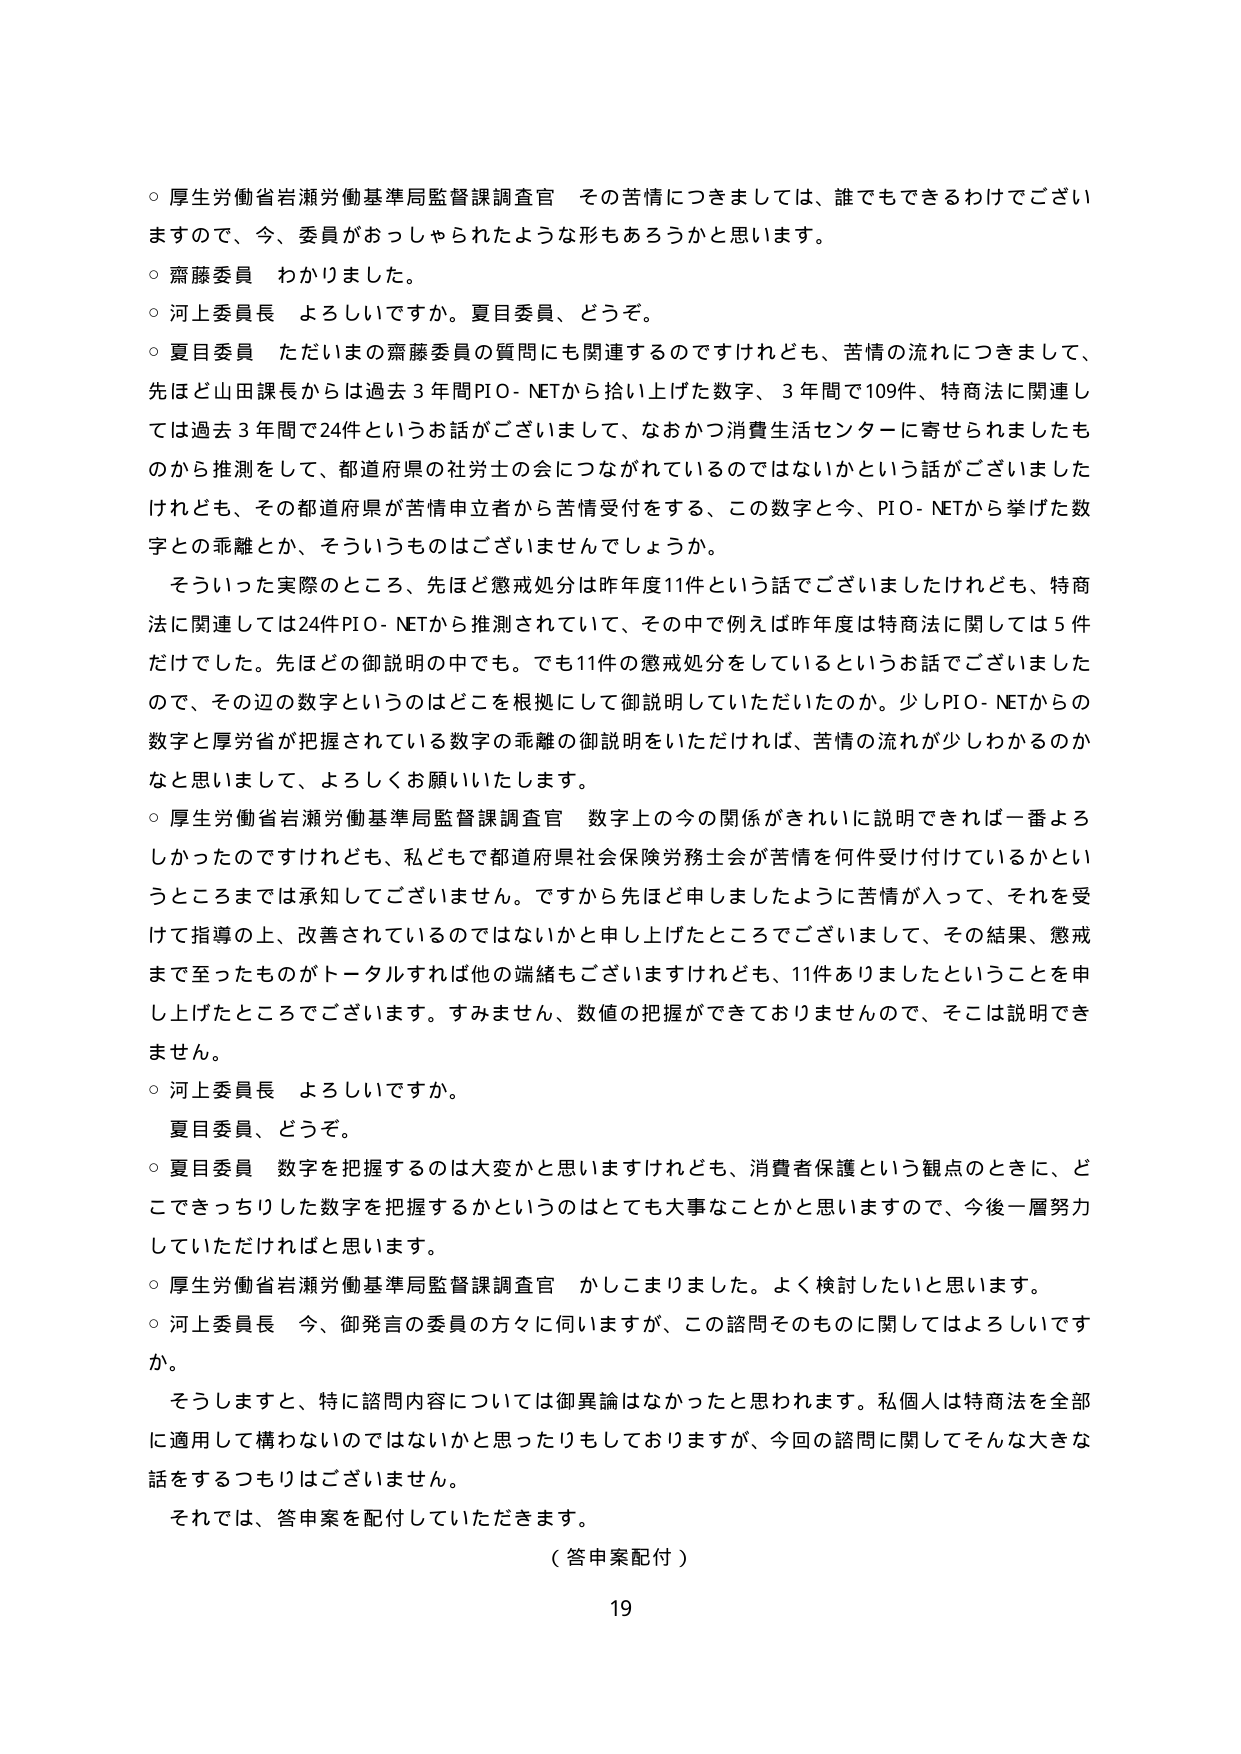
○ 厚生労働省岩瀬労働基準局監督課調査官 その苦情につきましては、誰でもできるわけでございますので、今、委員がおっしゃられたような形もあるろうかと思います。

○ 齋藤委員 わかりました。

○ 河上委員長 よろしいですか。夏目委員、どうぞ。

○ 夏目委員 ただいまの齋藤委員の質問にも関連するのですけれども、苦情の流れにつきまして、先ほど山田課長からは過去３年間PIO-NETから拾い上げた数字、３年間で109件、特商法に関連しては過去３年間で24件というお話がございまして、なおかつ消費生活センターに寄せられましたものから推測をして、都道府県の社労士の会につながれているのではないかという話がございましたけれども、その都道府県が苦情申立者から苦情受付をする、この数字と今、PIO-NETから挙げた数字との乖離とか、そういうものはございませんでしょうか。

そういった実際のところ、先ほど懲戒処分は昨年度11件という話でございましたけれども、特商法に関連しては24件PIO-NETから推測されていて、その中で例えば昨年度は特商法に関しては5件だけでした。先ほどの御説明の中でも。でも11件の懲戒処分をしているというお話でございましたので、その辺の数字というのはどこを根拠にして御説明していただいたのか。少しPIO-NETからの数字と厚労省が把握されている数字の乖離の御説明をいただければ、苦情の流れが少しわかるのかなと思いますし、よろしくお願いいたします。

○ 厚生労働省岩瀬労働基準局監督課調査官 数字上の今の関係がきれいに説明できれば一番よろしかったのですけれども、私どもで都道府県社会保険労務士会が苦情を何件受け付けているかというところまでは承知してございません。ですから先ほど申しましたように苦情が入って、それを受けて指導の上、改善されているのではないかと申し上げたところでございまして、その結果、懲戒まで至ったものがトータルすれば他の端緒もございますけれども、11件ありましたということを申し上げたところでございます。すみません、数値の把握ができておりませんので、そこは説明できません。

○ 河上委員長 よろしいですか。

夏目委員、どうぞ。

○ 夏目委員 数字を把握するのは大変かと思いますけれども、消費者保護という観点のときに、どこできっちりした数字を把握するかというのはとても大事なことかと思いますので、今後一層努力していただければと思います。

○ 厚生労働省岩瀬労働基準局監督課調査官 かしこまりました。よく検討したいと思います。

○ 河上委員長 今、御発言の委員の方々に伺いますが、この諮問そのものに関してはよろしいですか。

そうしますと、特に諮問内容については御異論はなかったと思われます。私個人は特商法を全部に適用して構わないのではないかと思ったりもしておりますが、今回の諮問に関してそんな大きな話をするつもりはございません。

それでは、答申案を配付していただきます。

（答申案配付）

19